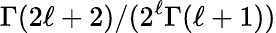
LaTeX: \Gamma(2\ell+2)/(2^{\ell}\Gamma(\ell+1))